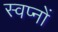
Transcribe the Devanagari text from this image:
स्वप्‍नों